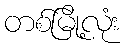
တစ်မြို့လုံး